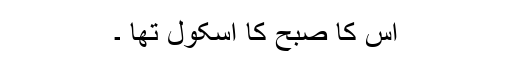
اس کا صبح کا اسکول تھا ۔